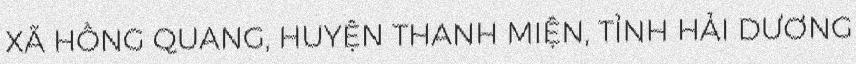
XÃ HỒNG QUANG, HUYỆN THANH MIỆN, TỈNH HẢI DƯƠNG